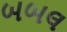
બબલ